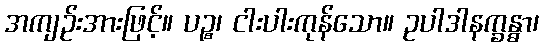
အကျဉ်းအားဖြင့်။ ပဉ္စ၊ ငါးပါးကုန်သော။ ဥပါဒါနက္ခန္ဓာ၊